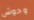
وحوش